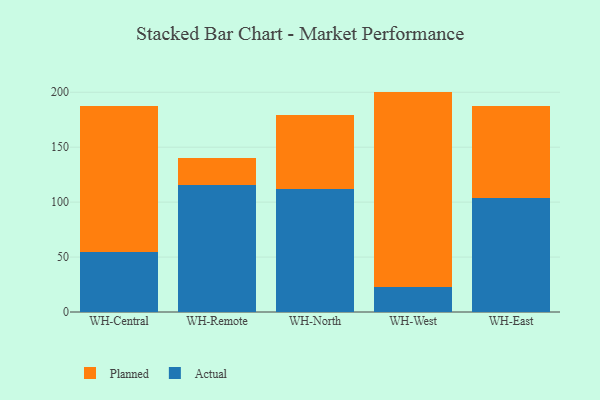
{"axis": {"x": "Warehouse", "y": "Website Visitors"}, "legend": ["Actual", "Planned"], "data": [{"x": "WH-Central", "y": 54.4, "type": "Actual"}, {"x": "WH-Central", "y": 133.3, "type": "Planned"}, {"x": "WH-Remote", "y": 115.8, "type": "Actual"}, {"x": "WH-Remote", "y": 24.4, "type": "Planned"}, {"x": "WH-North", "y": 112.2, "type": "Actual"}, {"x": "WH-North", "y": 67.4, "type": "Planned"}, {"x": "WH-West", "y": 23.0, "type": "Actual"}, {"x": "WH-West", "y": 177.6, "type": "Planned"}, {"x": "WH-East", "y": 103.5, "type": "Actual"}, {"x": "WH-East", "y": 84.1, "type": "Planned"}]}